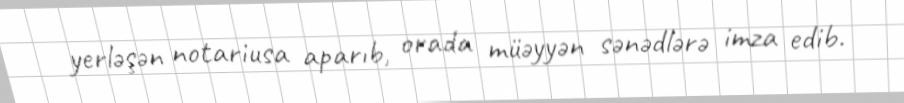
yerləşən notariusa aparıb, orada müəyyən sənədlərə imza edib.